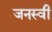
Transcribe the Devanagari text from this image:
जनस्वी